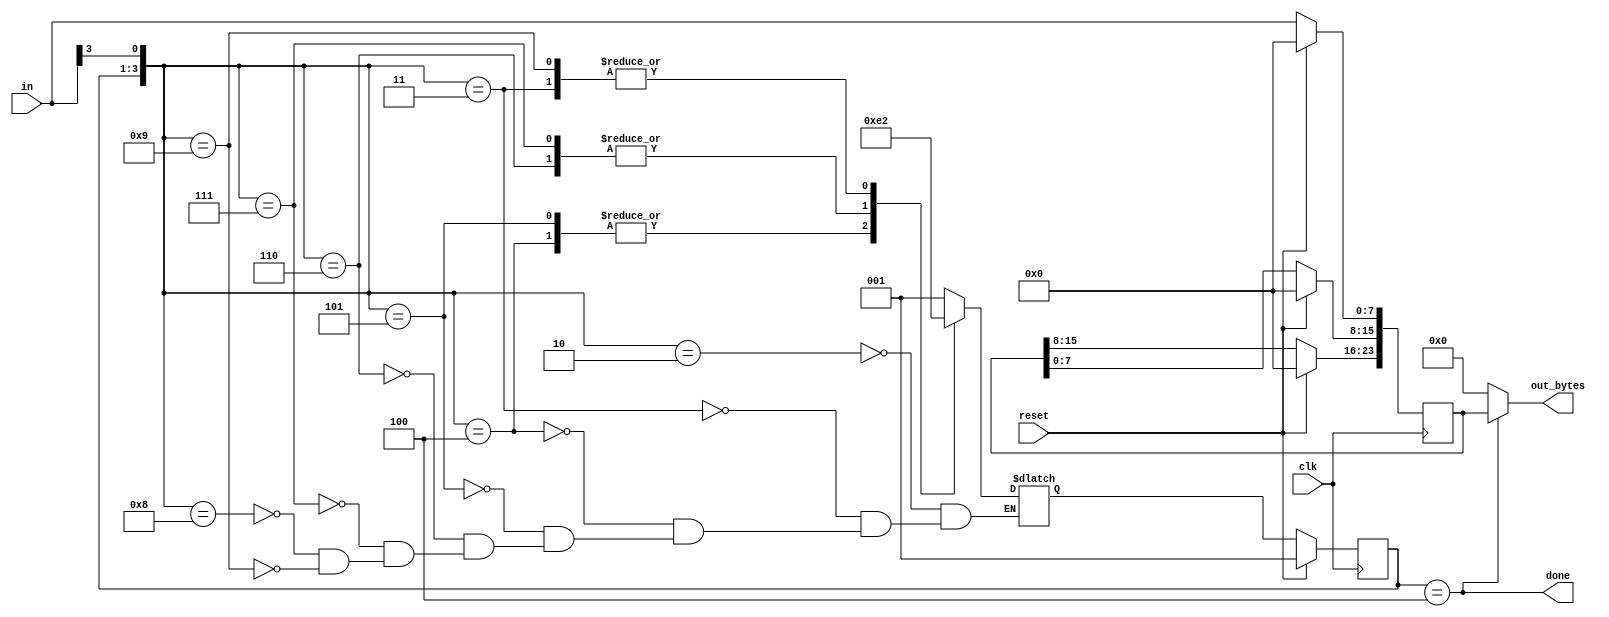
module top_module(
    input clk,
    input [7:0] in,
    input reset,    // Synchronous reset
    output [23:0] out_bytes,
    output done); //

    // FSM from fsm_ps2
    parameter b1 = 1, b2 = 2, b3 = 3, dn = 4;
    reg [2:0] state, next_state;
    reg [23:0] data;

    always @(*) begin
        case ({state, in[3]})
            {b1, 1'b0}: next_state = b1;
            {b1, 1'b1}: next_state = b2;
            {b2, 1'b0}: next_state = b3;
            {b2, 1'b1}: next_state = b3;
            {b3, 1'b0}: next_state = dn;
            {b3, 1'b1}: next_state = dn;
            {dn, 1'b0}: next_state = b1;
            {dn, 1'b1}: next_state = b2;
        endcase
    end

    always @(posedge clk) begin
        if (reset) begin
            state <= b1;
        end
        else begin
            state <= next_state;
        end
    end

    assign done = (state == dn);

    // New: Datapath to store incoming bytes.
    always @(posedge clk) begin
        if (reset) begin
            data <= 24'd0;
        end
        else begin
            data[23:16] <= data[15:8];
            data[15:8] <= data[7:0];
            data[7:0]  <= in;
        end
    end

    assign out_bytes = (done) ? data : 24'd0;

endmodule